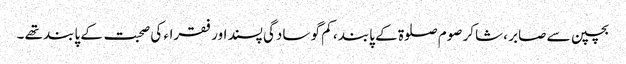
بچپن سے صابر ، شاکر صوم صلوۃ کے پابند ، کم گو سادگی پسند اور فقراء کی صحبت کے پابند تھے ۔